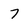
Character: 7